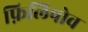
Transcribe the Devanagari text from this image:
फ़िलिपोव